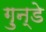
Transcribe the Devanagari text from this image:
ग़ुन्डे